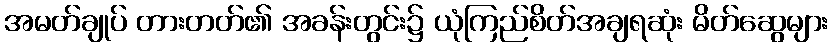
အမတ်ချုပ် တားတတ်၏ အခန်းတွင်း၌ ယုံကြည်စိတ်အချရဆုံး မိတ်ဆွေများ